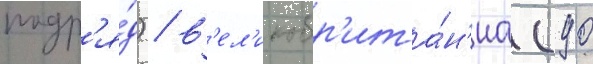
подр'я́д) / в'ел'икобр'ита́н'иа (90